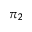
\pi _ { 2 }